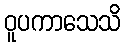
ဝူပကာသေသိ